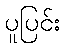
ပူပြင်း